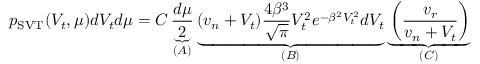
p _ { \mathrm { S V T } } ( V _ { t } , \mu ) d V _ { t } d \mu = C \underbrace { \frac { d \mu } { 2 } } _ { ( A ) } \underbrace { ( v _ { n } + V _ { t } ) \frac { 4 \beta ^ { 3 } } { \sqrt { \pi } } V _ { t } ^ { 2 } e ^ { - \beta ^ { 2 } V _ { t } ^ { 2 } } d V _ { t } } _ { ( B ) } \underbrace { \left( \frac { v _ { r } } { v _ { n } + V _ { t } } \right) } _ { ( C ) }